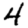
Digit: 4